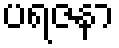
ပရဇနာ